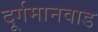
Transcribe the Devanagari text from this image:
दूर्गमानवाड